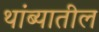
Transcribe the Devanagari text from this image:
थांब्यातील